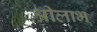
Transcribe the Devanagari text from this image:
श्रीलाभ